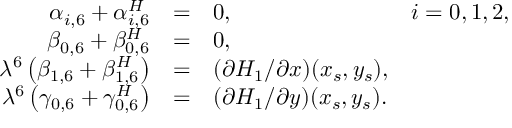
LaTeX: \begin{array} { r c l l } { { \alpha _ { i , 6 } + \alpha _ { i , 6 } ^ { H } } } & { { = } } & { { 0 , } } & { { i = 0 , 1 , 2 , } } \\ { { \beta _ { 0 , 6 } + \beta _ { 0 , 6 } ^ { H } } } & { { = } } & { { 0 , } } & { { } } \\ { { \lambda ^ { 6 } \left( \beta _ { 1 , 6 } + \beta _ { 1 , 6 } ^ { H } \right) } } & { { = } } & { { ( \partial H _ { 1 } / \partial x ) ( x _ { s } , y _ { s } ) , } } & { { } } \\ { { \lambda ^ { 6 } \left( \gamma _ { 0 , 6 } + \gamma _ { 0 , 6 } ^ { H } \right) } } & { { = } } & { { ( \partial H _ { 1 } / \partial y ) ( x _ { s } , y _ { s } ) . } } & { { } } \end{array}